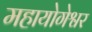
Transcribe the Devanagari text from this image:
महायोगेश्वर